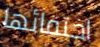
اختفائها